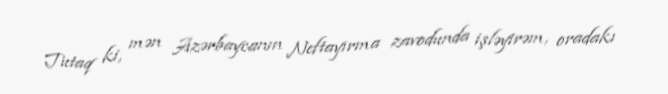
Tutaq ki, mən Azərbaycanın Neftayırma zavodunda işləyirəm, oradakı